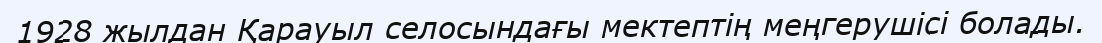
1928 жылдан Қарауыл селосындағы мектептің меңгерушісі болады.